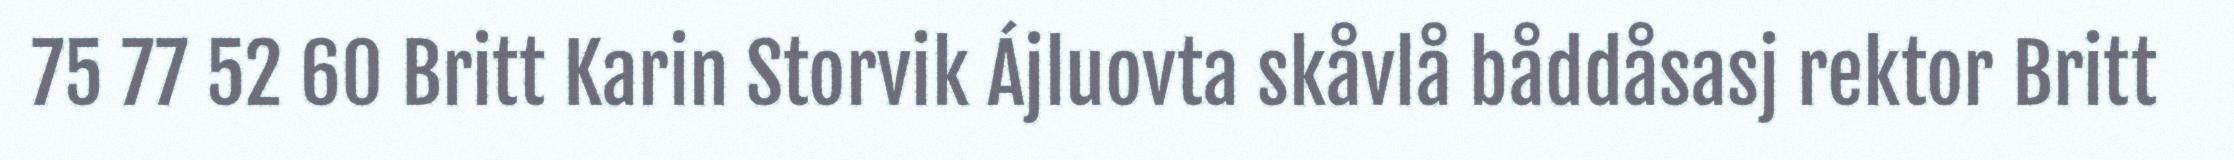
75 77 52 60 Britt Karin Storvik Ájluovta skåvlå båddåsasj rektor Britt